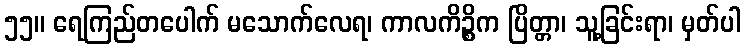
၅၅။ ရေကြည်တပေါက် မသောက်လေရ၊ ကာလကိဉ္စိက ပြိတ္တာ၊ သူ့ခြင်းရာ၊ မှတ်ပါ